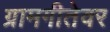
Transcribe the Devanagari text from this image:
ग्रामगीतेवर